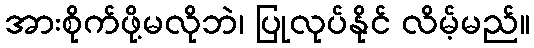
အားစိုက်ဖို့မလိုဘဲ၊ ပြုလုပ်နိုင် လိမ့်မည်။